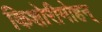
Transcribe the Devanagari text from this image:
किशोरीमोहन्